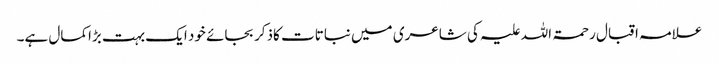
علامہ اقبال رحمۃ اللہ علیہ کی شاعری میں نباتات کاذکر بجائے خود ایک بہت بڑاکمال ہے۔